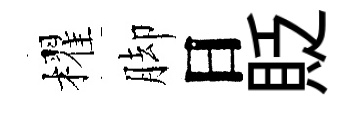
櫂脚日貶